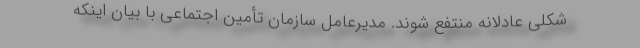
شکلی عادلانه منتفع شوند. مدیرعامل سازمان تأمین اجتماعی با بیان اینکه